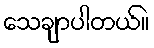
သေချာပါတယ်။